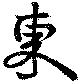
東